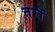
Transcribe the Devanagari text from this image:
तरों